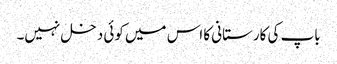
باپ کی کارستانی کا اس میں کوئی دخل نہیں۔